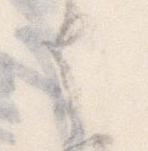
せ